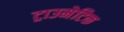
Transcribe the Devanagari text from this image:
ट्राउमेटिक